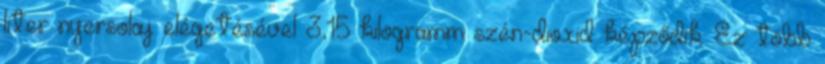
liter nyersolaj elégetésével 3,15 kilogramm szén-dioxid képződik. Ez több